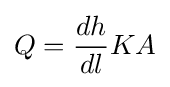
Q={\frac {dh}{dl}}KA